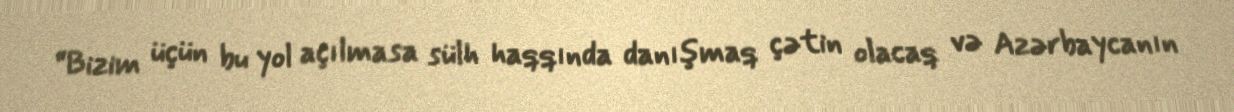
“Bizim üçün bu yol açılmasa sülh haqqında danışmaq çətin olacaq və Azərbaycanın